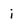
Character: i